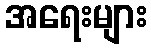
အရေးများ